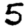
Digit: 5